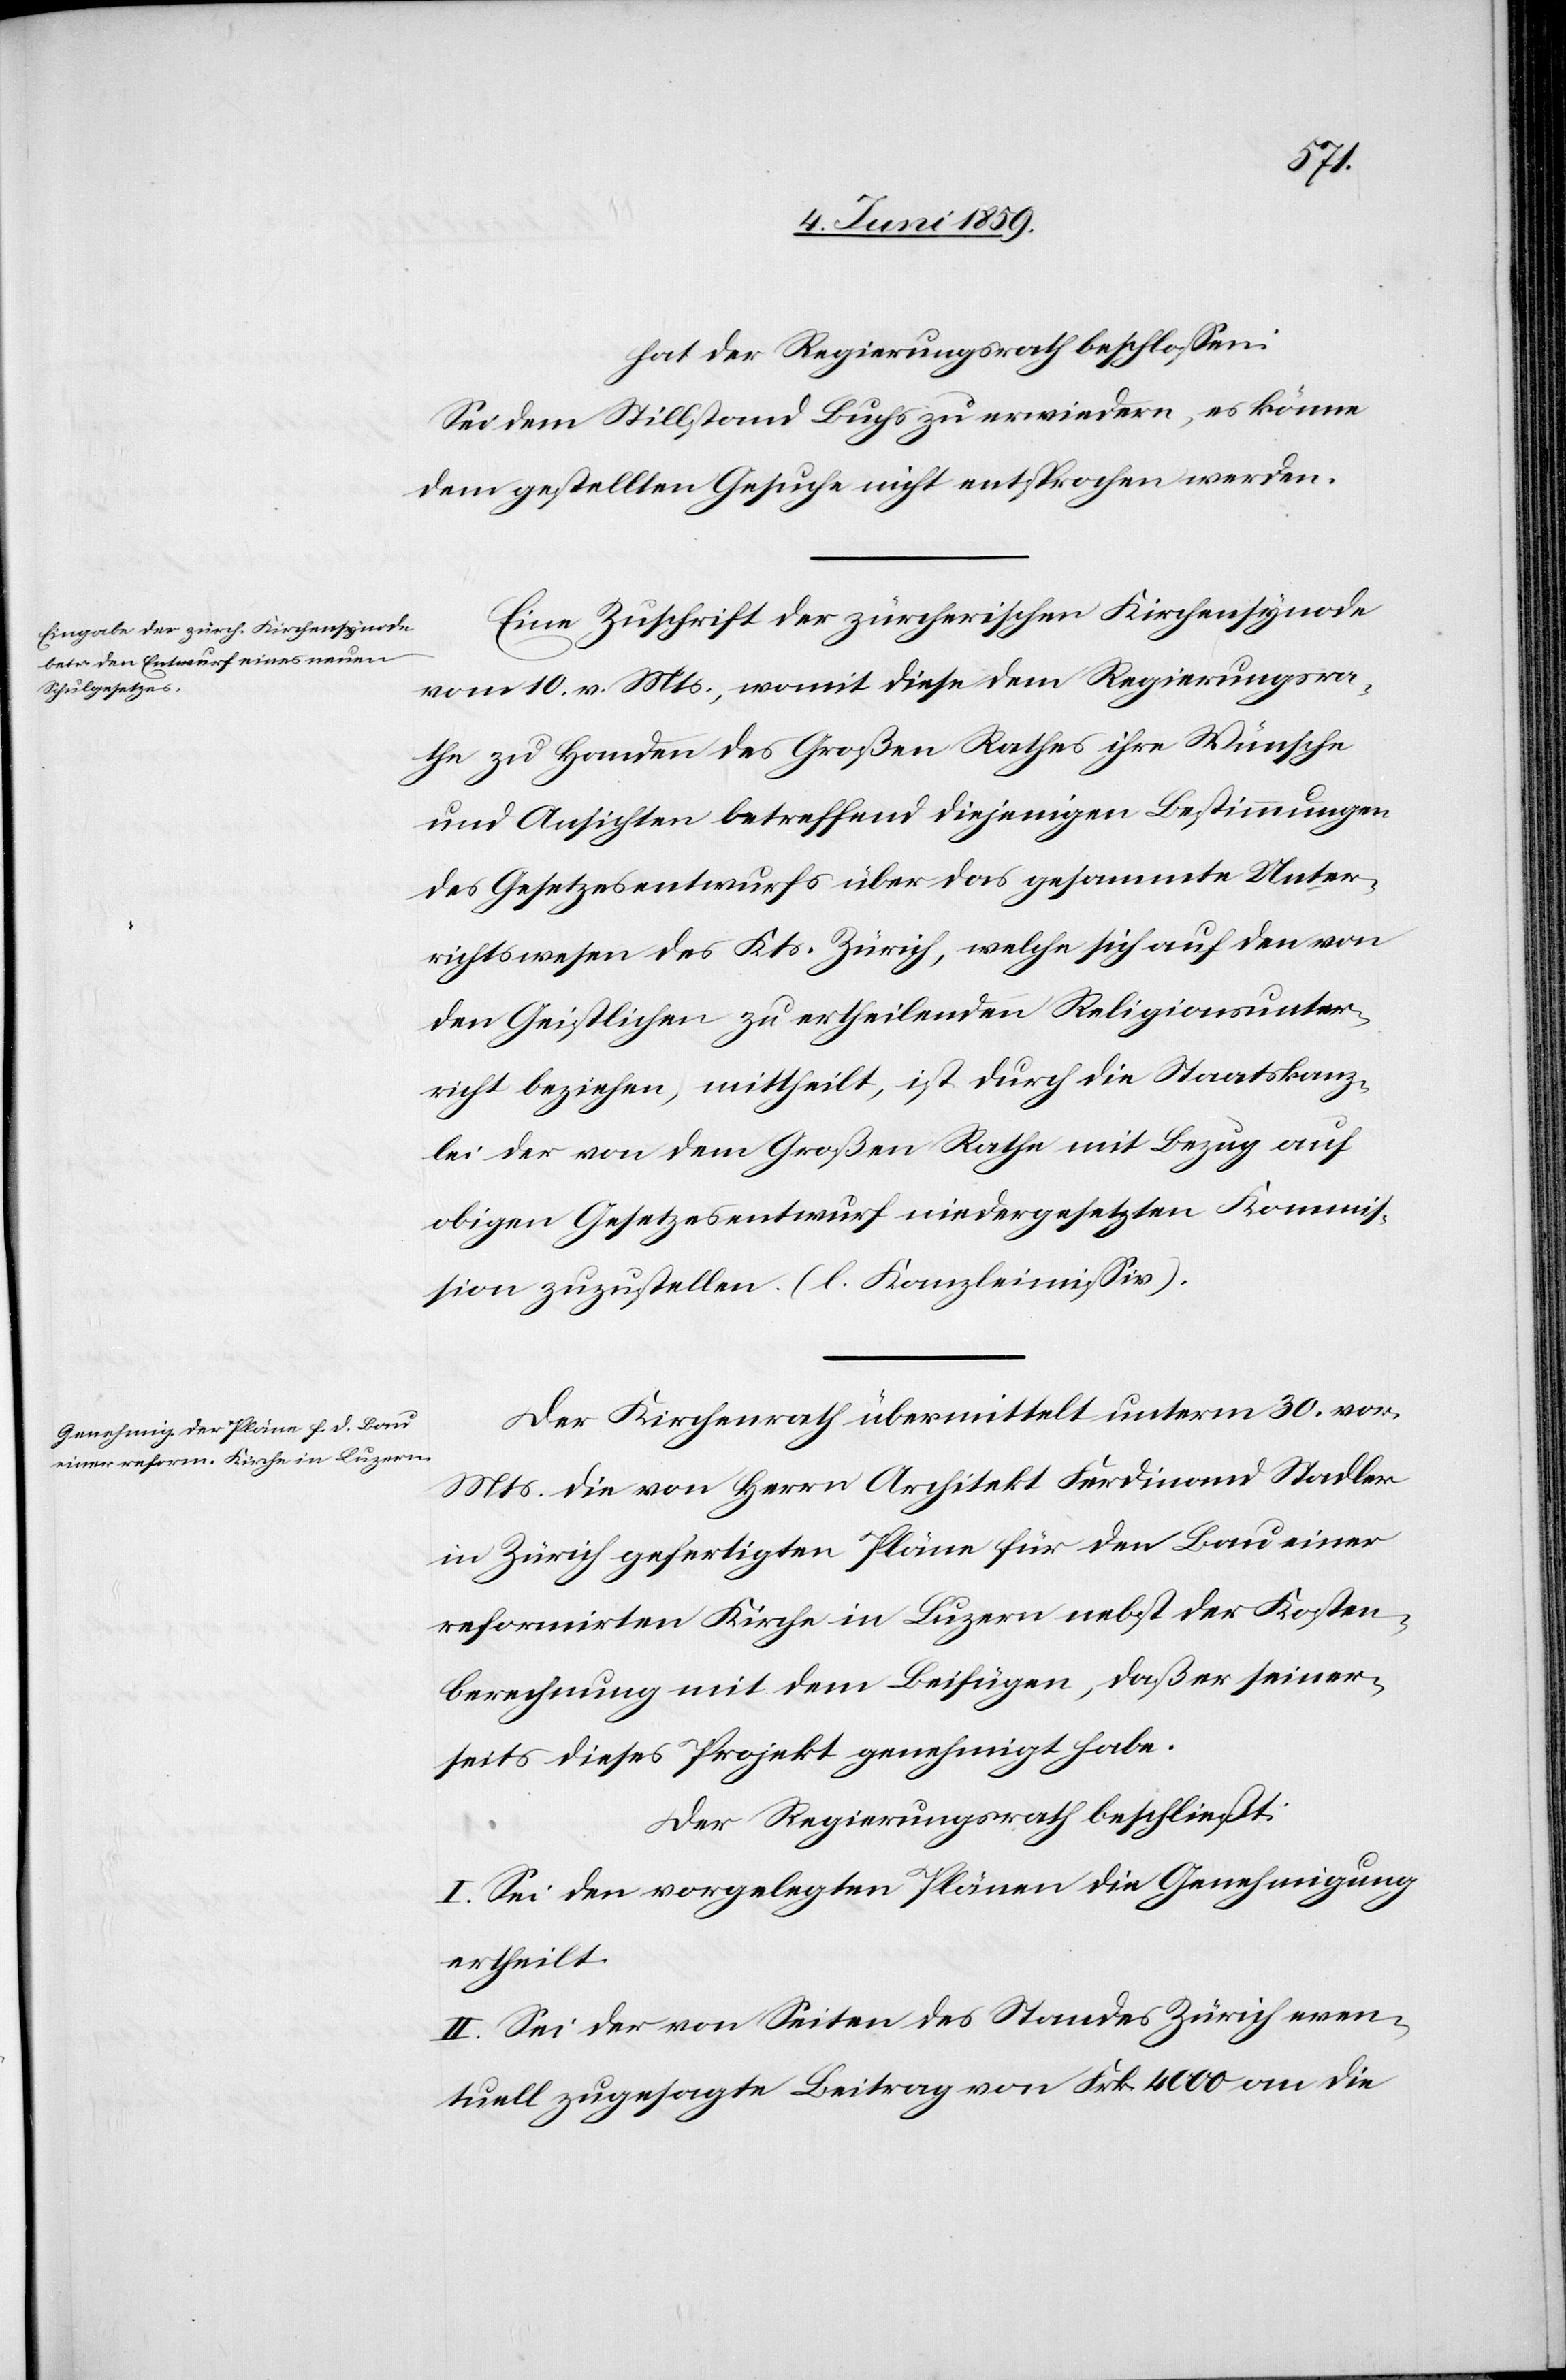
hat der Regierungsrath beschlossen:
Sei dem Stillstand Buchs zu erwiedern, es könne
dem gestellten Gesuche nicht entsprochen werden.
Eine Zuschrift der zürcherischen Kirchensynode
vom 10. v. Mts., womit diese dem Regierungsra¬
the zu Handen des Großen Rathes ihre Wünsche
und Ansichten betreffend diejenigen Bestimmungen
des Gesetzesentwurfs über das gesammte Unter¬
richtswesen des Kts. Zürich, welche sich auf den von
den Geistlichen zu ertheilenden Religionsunter¬
richt beziehen, mittheilt, ist durch die Staatskanz¬
lei der von dem Großen Rathe mit Bezug auf
obigen Gesetzesentwurf niedergesetzten Kommi¬
ßion zuzustellen. (l. Kanzleimissiv).
Der Kirchenrath übermittelt unterm 30. vor.
Mts. die von Herrn Architekt Ferdinand Stadler
in Zürich gefertigten Pläne für den Bau einer
reformirten Kirche in Luzern nebst der Kosten¬
berechnung mit dem Beifügen, daß er seiner¬
seits dieses Projekt genehmigt habe.
Der Regierungsrath beschliesst:
I. Sei den vorgelegten Plänen die Genehmigung
ertheilt.
II. Sei der von Seiten des Standes Zürich even¬
tuell zugesagte Beitrag von Frk. 4000 an die